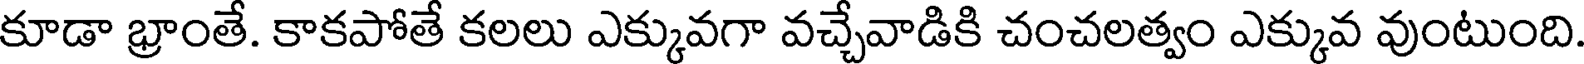
కూడా భ్రాంతే. కాకపోతే కలలు ఎక్కువగా వచ్చేవాడికి చంచలత్వం ఎక్కువ వుంటుంది